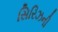
સિરિઝની